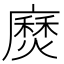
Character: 𫸅